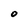
Character: 0